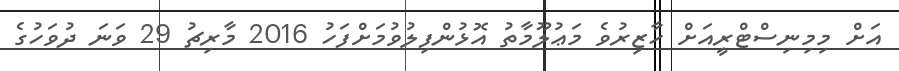
އަށް މިމިނިސްޓްރީއަށް ހާޒިރުވެ މަޢުލޫމާތު އޮޅުންފިލުވުމަށްފަހު 2016 މާރިޗު 29 ވަނަ ދުވަހުގެ